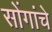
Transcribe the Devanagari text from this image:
सोंगांचे